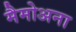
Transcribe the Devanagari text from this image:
मैमोअना